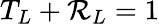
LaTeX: T_{L}+\mathcal{R}_{L}=1